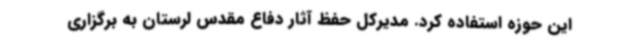
این حوزه استفاده کرد. مدیرکل حفظ آثار دفاع مقدس لرستان به برگزاری